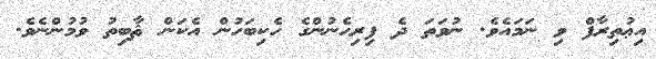
އިޢުތިރާފް ވި ނަމައެވެ. ނުވަތަ ދެ ފިރިހެނުންގެ ހެކިބަހުން އެކަން ޘާބިތު ވުމުންނެވެ.